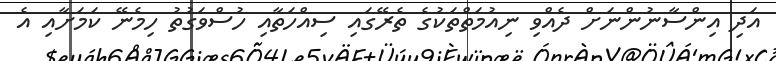
އަދި އިންސާނުންނަށް ދެއްވި ނިއުމަތްތަކުގެ ތެރޭގައި ސިއްހަތާއި ހުސްވަގުތު ހިމެނޭ ކަމަށާއި އެ